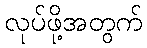
လုပ်ဖို့အတွက်